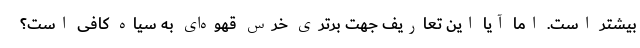
بیشتر است. اما آیا این تعاریف جهت برتری خرس قهوه‌ای به سیاه کافی است؟